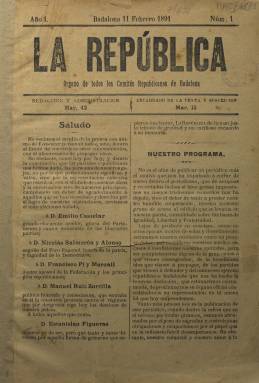
Título: La República (Badalona)
Colección: Republicanismo
Ámbito geográfico: Barcelona
Lugar de publicación: Badalona
Fechas: 11/02/1891-05/09/1891

Como “órgano de todos los Comités Republicanos de Badalona”, tal como indica bajo su título, publica su primer número el once de febrero de 1891, fecha conmemorativa de la instauración de la I República Española, en 1873, y tras el triunfo obtenido por el candidato de la Coalición Republicana en Badalona, Francisco Javier Flaquer, frente a los monárquicos en las elecciones celebradas el uno de febrero, y ante la celebración de nuevas elecciones municipales. En su primera entrega señala que no favorecerá personalmente a personalidades dentro del republicanismo a la vez que presenta sus saludos a sus principales líderes: Emilio Castelar, Nicolás Salmerón y Alonso, Francisco Pi y Margall, Manuel Ruiz Zorrilla y Estanislao Figueras.

Sus entregas quincenales serán de cuatro páginas, compuestas a dos columnas, hasta que el 25 de abril aumenten a ocho, introduciendo anuncios publicitarios. Y, una vez pasados los comicios locales, a partir del cuatro de julio ( número 12) modifica su subtítulo a “periódico semanal ilustrado”, al dejar de ser portavoz de la Junta de la Coalición Republicana, y convertirse sin más en “órgano de los ideales comunes a todos los republicanos”, “sin distinción de fracciones”, a la vez que anuncia que su propósito será “aplaudir y aconsejar a los que marchen por la vía recta de la moralidad y la justicia” y dispuesto a denunciar cualquier “caciquismo”. Tenían entonces representación en Badalona los cuatro comités republicanos: Federal Pactista; Federal Orgánico, Republicano Posibilista y Republicano Progresista.

También esta publicación será la primera que en Badalona publique textos de colaboración en lengua catalana (Torrent y Tasis: 1966), como son algunos escritos en verso por Esteve Garrell o bajo el seudónimo Piter. Asimismo, en la colección de este título que la Biblioteca Nacional de España adquirió en 2007, incluye la cubierta de un “folletí” de La República, titulado Trench d’Aubada: colecció de poessías, de Pau Badía Homs, dedicado al republicano progresista y profesor industrial Pau Rodón Amigó (1870-1950), estampado en la barcelonesa Imprenta de Pere Ortega, en donde también era impreso el periódico.

Además de algunas colaboraciones literarias, el periódico ofrecerá por lo general información local, como eran las sesiones del Ayuntamiento, y tendrá una sección –Plato del día- en la que insertará comentarios breves, muchos de ellos relacionados con otros periódicos locales. Asimismo dará cuenta de los manifiestos y textos oficiales de los distintos comités republicanos de la localidad, y abrirá suscripciones a favor de los emigrados republicanos y para socorrer a los obreros huelguistas en Badalona.

Su director fue el ilustre pedagogo catalán Francesc Feliu i Vegués /1829-1913), personalidad de ideas republicanas, liberales y laica. El artículo titulado Vividores será denunciado por injurias y calumnias por el que llegará a ser catedrático de Derecho Romano Pedro Garriga y Folch (1863-1906), cuyo proceso acabó en un “acta de conciliación”, de la que se da cuenta en los números 20 y 21. En este – último de la colección y correspondiente al cinco de septiembre de ese mismo año 1891-, el periódico anuncia su cese, debido al “peso de sacratísimos deberes particulares” de su director.

La historia de la prensa badalonesa ha sido estudiada por Enrique García Pons (1977).